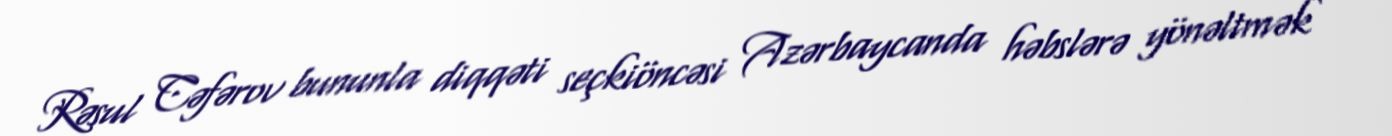
Rəsul Cəfərov bununla diqqəti seçkiöncəsi Azərbaycanda həbslərə yönəltmək